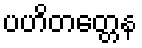
ပဟိတတ္တေန